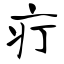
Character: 疔